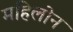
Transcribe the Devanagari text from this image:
महिलोन